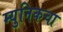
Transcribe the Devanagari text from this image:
म्युनिकचा